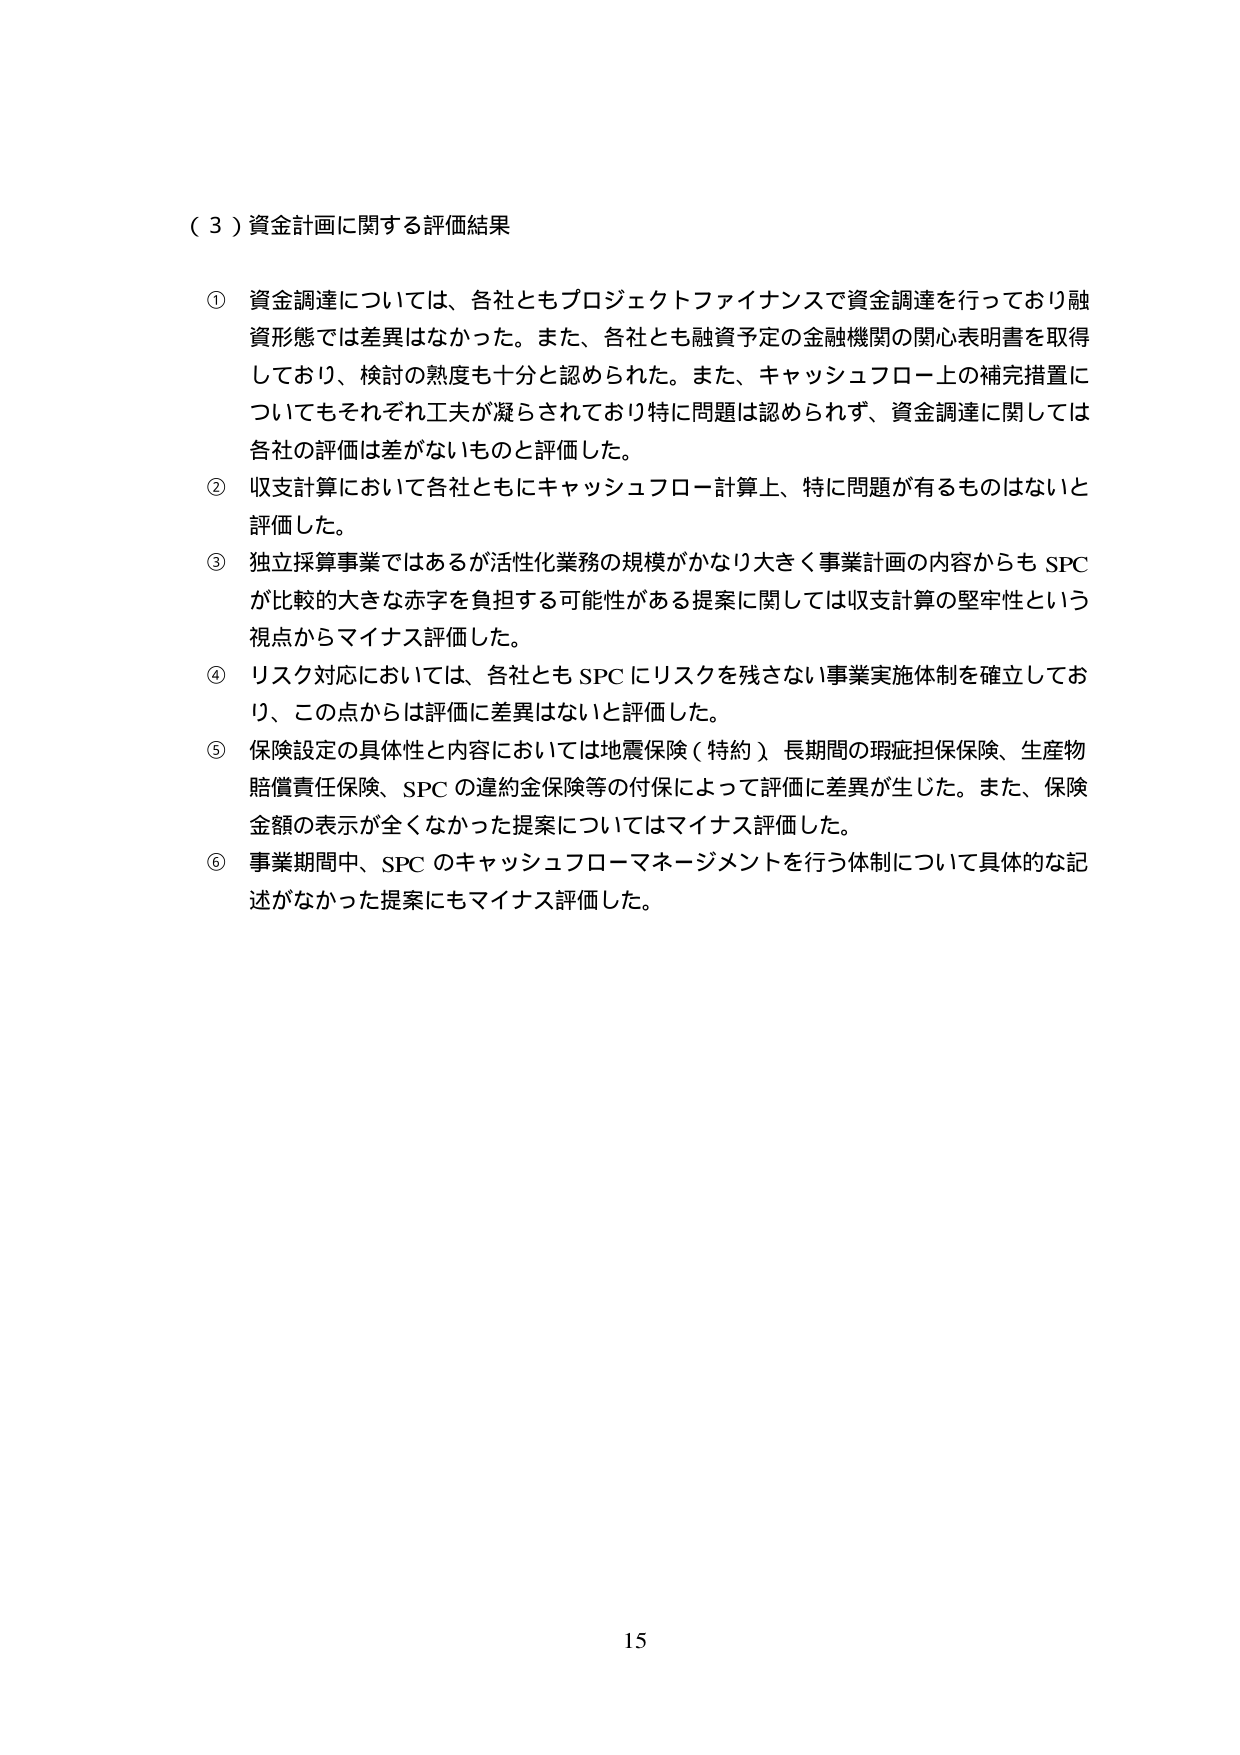
（３）資金計画に関する評価結果

① 資金調達については、各社ともプロジェクトファイナンスで資金調達を行っており融資形態では差異はなかった。また、各社とも融資予定の金融機関の関心表明書を取得しており、検討の熟度も十分と認められた。また、キャッシュフロー上の補完措置についてもそれぞれ工夫が凝らされており特に問題は認められず、資金調達に関しては各社の評価は差がないものと評価した。

② 収支計算において各社ともにキャッシュフロー計算上、特に問題が有るものはないと評価した。

③ 独立採算事業ではあるが活性化業務の規模がかなり大きく事業計画の内容からもSPCが比較的大きな赤字を負担する可能性がある提案に関しては収支計算の堅牢性という視点からマイナス評価した。

④ リスク対応においては、各社ともSPCにリスクを残さない事業実施体制を確立しており、この点からは評価に差異はないと評価した。

⑤ 保険設定の具体性と内容においては地震保険（特約）、長期間の瑕疵担保保険、生産物賠償責任保険、SPCの違約金保険等の付保によって評価に差異が生じた。また、保険金額の表示が全くなかった提案についてはマイナス評価した。

⑥ 事業期間中、SPCのキャッシュフローマネージメントを行う体制について具体的な記述がなかった提案にもマイナス評価した。

15